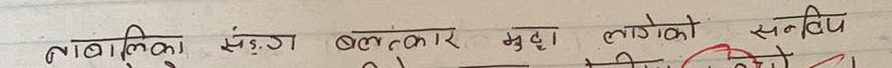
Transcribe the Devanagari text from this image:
नाबालिका संङग बलात्कार मुद्दा लागेको सन्धि